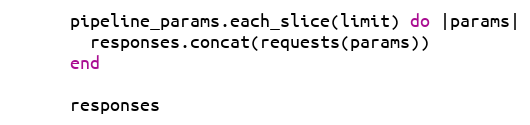
Language: Ruby
      pipeline_params.each_slice(limit) do |params|
        responses.concat(requests(params))
      end

      responses